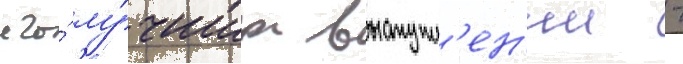
его́ лу́чших выступл'ен'ии -